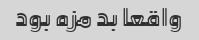
واقعا بد مزه بود